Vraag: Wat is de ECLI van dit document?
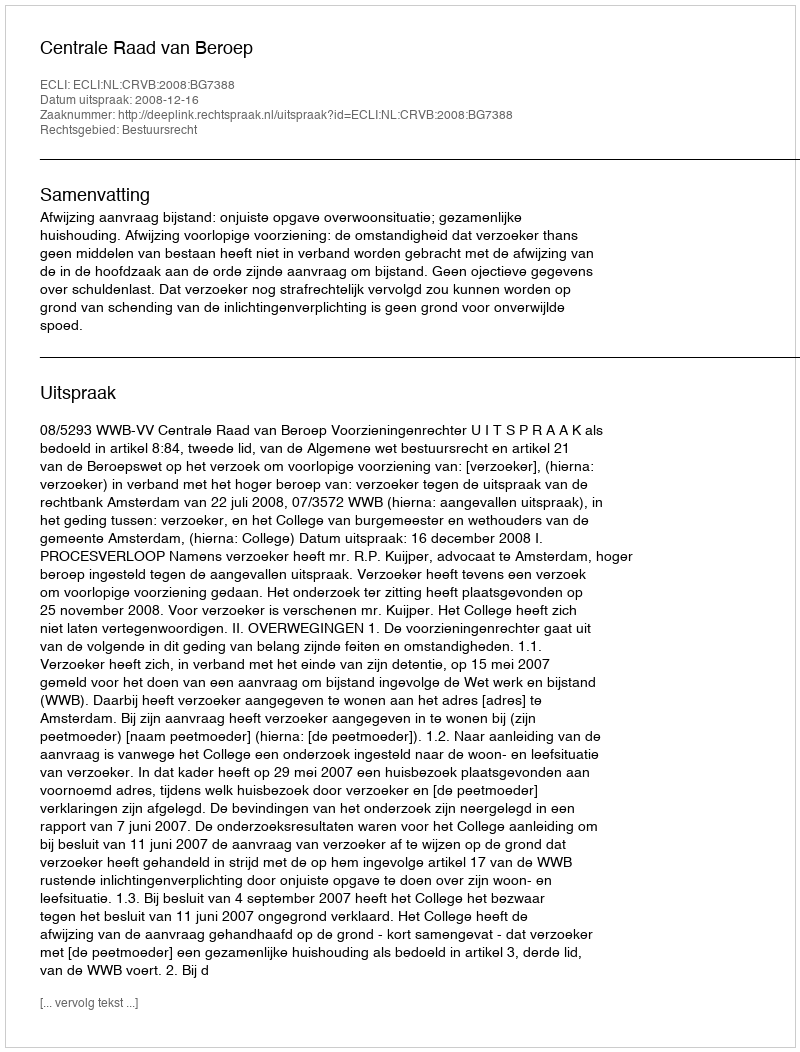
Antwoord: ECLI:NL:CRVB:2008:BG7388